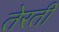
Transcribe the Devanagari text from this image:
तेरती